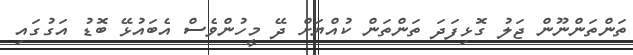
ތަންތަންނޫން ޖަލު ގޮޅިފަދަ ތަންތަން ކުއްޔަށް ދޭ މީހުންވެސް އެބައުޅޭ ބޮޑު އަގުގައި